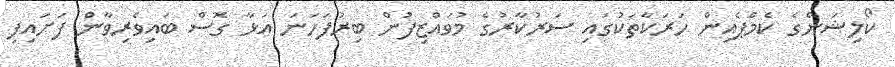
ކޯލިޝަންގެ ކެމްޕެއިން ހަރަކާތަކުގައި ސަރުކާރުގެ މުވައްޒިފުން ބިރުފަހަނަ އަޅާ ގޮސް ބައިވެރިވާން ފަށައިފި